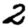
Digit: 2